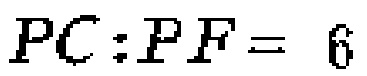
\(PC:PF = 6\)